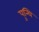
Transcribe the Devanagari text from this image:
पुन्थि